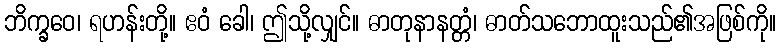
ဘိက္ခဝေ၊ ရဟန်းတို့။ ဧဝံ ခေါ၊ ဤသို့လျှင်။ ဓာတုနာနတ္တံ၊ ဓာတ်သဘောထူးသည်၏အဖြစ်ကို။